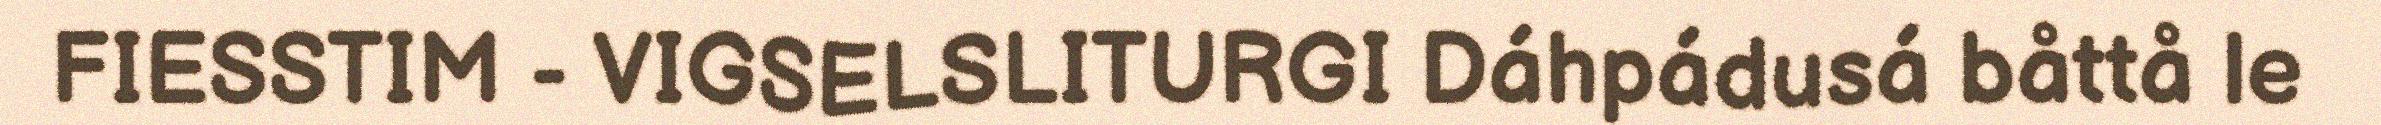
FIESSTIM - VIGSELSLITURGI Dáhpádusá båttå le